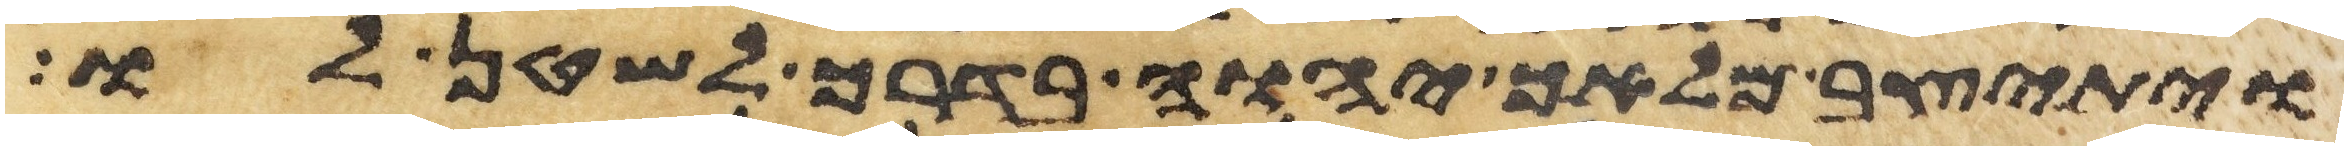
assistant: ויתיצב מלאך יהוה בדרך לשטן לו